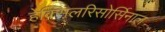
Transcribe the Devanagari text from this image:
हेक्सिलरिसोर्सिनाल